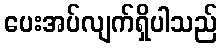
ပေးအပ်လျက်ရှိပါသည်